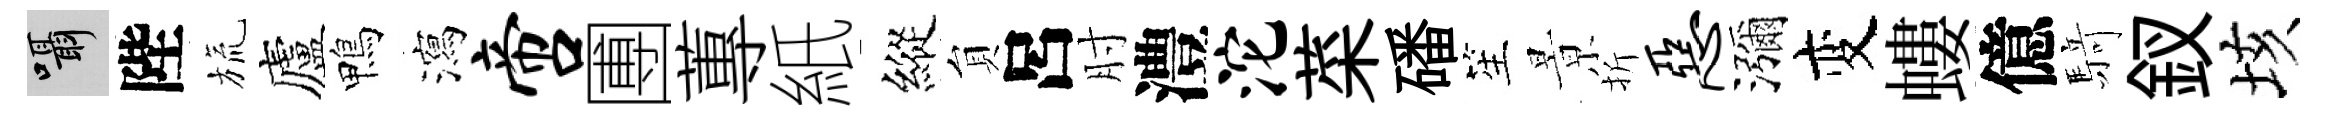
囁陛旒廬鴨瀉啻圑蓴紙縱貟呂肘澧沱菜磻笙㬌折恶瀰变螻億𮪍釵垓